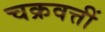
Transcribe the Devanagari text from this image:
चक्रवत्तीं